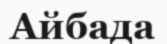
Айбада